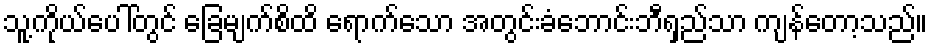
သူ့ကိုယ်ပေါ်တွင် ခြေမျက်စိထိ ရောက်သော အတွင်းခံဘောင်းဘီရှည်သာ ကျန်တော့သည်။